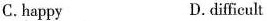
C. happy D.difficult